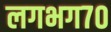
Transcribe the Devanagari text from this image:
लगभग७०